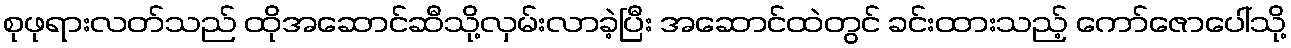
စုဖုရားလတ်သည် ထိုအဆောင်ဆီသို့လှမ်းလာခဲ့ပြီး အဆောင်ထဲတွင် ခင်းထားသည့် ကော်ဇောပေါ်သို့